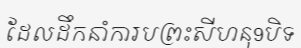
ដែលដឹកនាំការបព្រះសីហនុ9បិទ